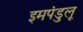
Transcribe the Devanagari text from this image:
इमपंडुलू